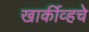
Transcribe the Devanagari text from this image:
खार्कीव्हचे